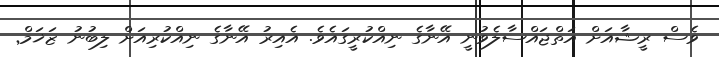
ވެސް ރީޝާއަށް އަތްޖައްސާލެވުނީ އޭނާގެ ނިއްކުރީީގައެވެ. އެއިރު އޭނާގެ ނިއްކުރިިއަށް ލިބުނު ޒަޚަމްް